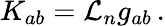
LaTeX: K_{ab}=\mathcal{L}_{n}g_{ab}\, .